Civil Veterinary Department. United Provinces 1923-31 - 1923-1931
Year: 1923
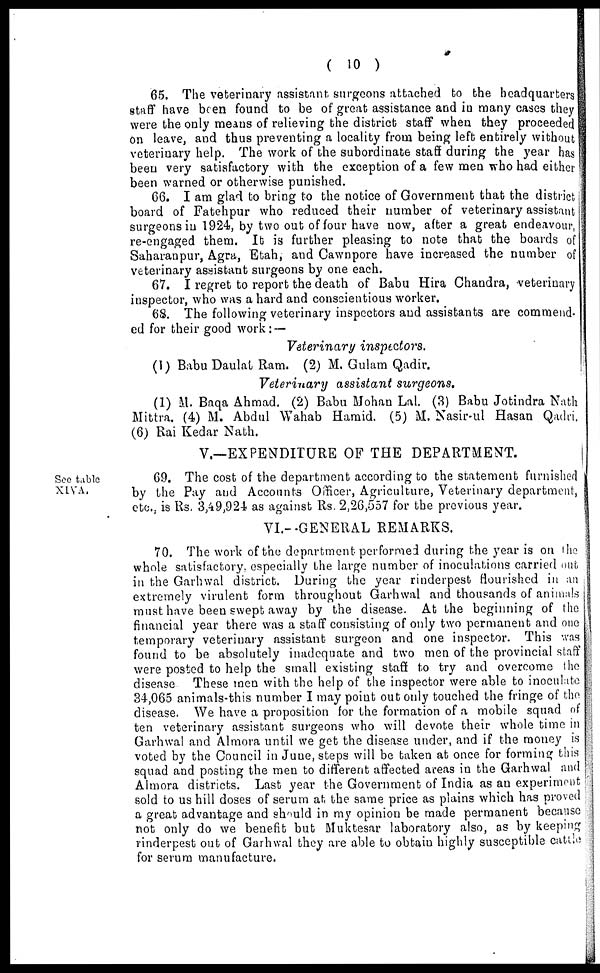
( 10 )
65. The veterinary assistant surgeons attached to the headquarters
staff have been found to be of great assistance and in many cases they
were the only means of relieving the district staff when they proceeded
on leave, and thus preventing a locality from being left entirely without
veterinary help. The work of the subordinate staff during the year has
been very satisfactory with the exception of a few men who had either
been warned or otherwise punished.
66. I am glad to bring to the notice of Government that the district
board of Fatehpur who reduced their number of veterinary assistant
surgeons in 1924, by two out of four have now, after a great endeavour,
re-engaged them. It is further pleasing to note that the boards of
Saharanpur, Agra, Etah, and Cawnpore have increased the number of
veterinary assistant surgeons by one each.
67. I regret to report the death of Babu Hira Chandra, veterinary
inspector, who was a hard and conscientious worker.
68. The following veterinary inspectors and assistants are commend-
ed for their good work: —
Veterinary
inspectors.
(1) Babu Daulat Ram. (2) M. Gulam Qadir.
Veterinary assistant surgeons.
(1) M. Baqa Ahmad. (2) Babu Mohan Lal. (3) Babu Jotindra Nath
Mittra. (4) M. Abdul Wahab Hamid. (5) M. Nasir-ul Hasan Qadri,
(6) Rai Kedar Nath.
V.—EXPENDITURE OF THE DEPARTMENT.
See table
XIVA.
69, The cost of the department according to the statement furnished
by the Pay and Accounts Officer, Agriculture, Veterinary department,
etc., is Rs. 3,49,924 as against Rs. 2,26,557 for the previous year.
VI.—GENERAL REMARKS.
70. The work of the department performed during the year is on the
whole satisfactory, especially the large number of inoculations carried out
in the Garhwal district. During the year rinderpest flourished in an
extremely virulent form throughout Garhwal and thousands of animals
must have been swept away by the disease. At the beginning of the
financial year there was a staff consisting of only two permanent and one
temporary veterinary assistant surgeon and one inspector. This was
found to be absolutely inadequate and two men of the provincial staff
were posted to help the small existing staff to try and overcome the
disease These men with the help of the inspector were able to inoculate
34,065 animals-this number I may point out only touched the fringe of the
disease. We have a proposition for the formation of a mobile squad of
ten veterinary assistant surgeons who will devote their whole time in
Garhwal and Almora until we get the disease under, and if the money is
voted by the Council in June, steps will be taken at once for forming this
squad and posting the men to different affected areas in the Garhwal and
Almora districts. Last year the Government of India as an experiment
sold to us hill doses of serum at the same price as plains which has proved
a great advantage and should in my opinion be made permanent because
not only do we benefit but Muktesar laboratory also, as by keeping
rinderpest out of Garhwal they are able to obtain highly susceptible cattle
for serum manufacture.